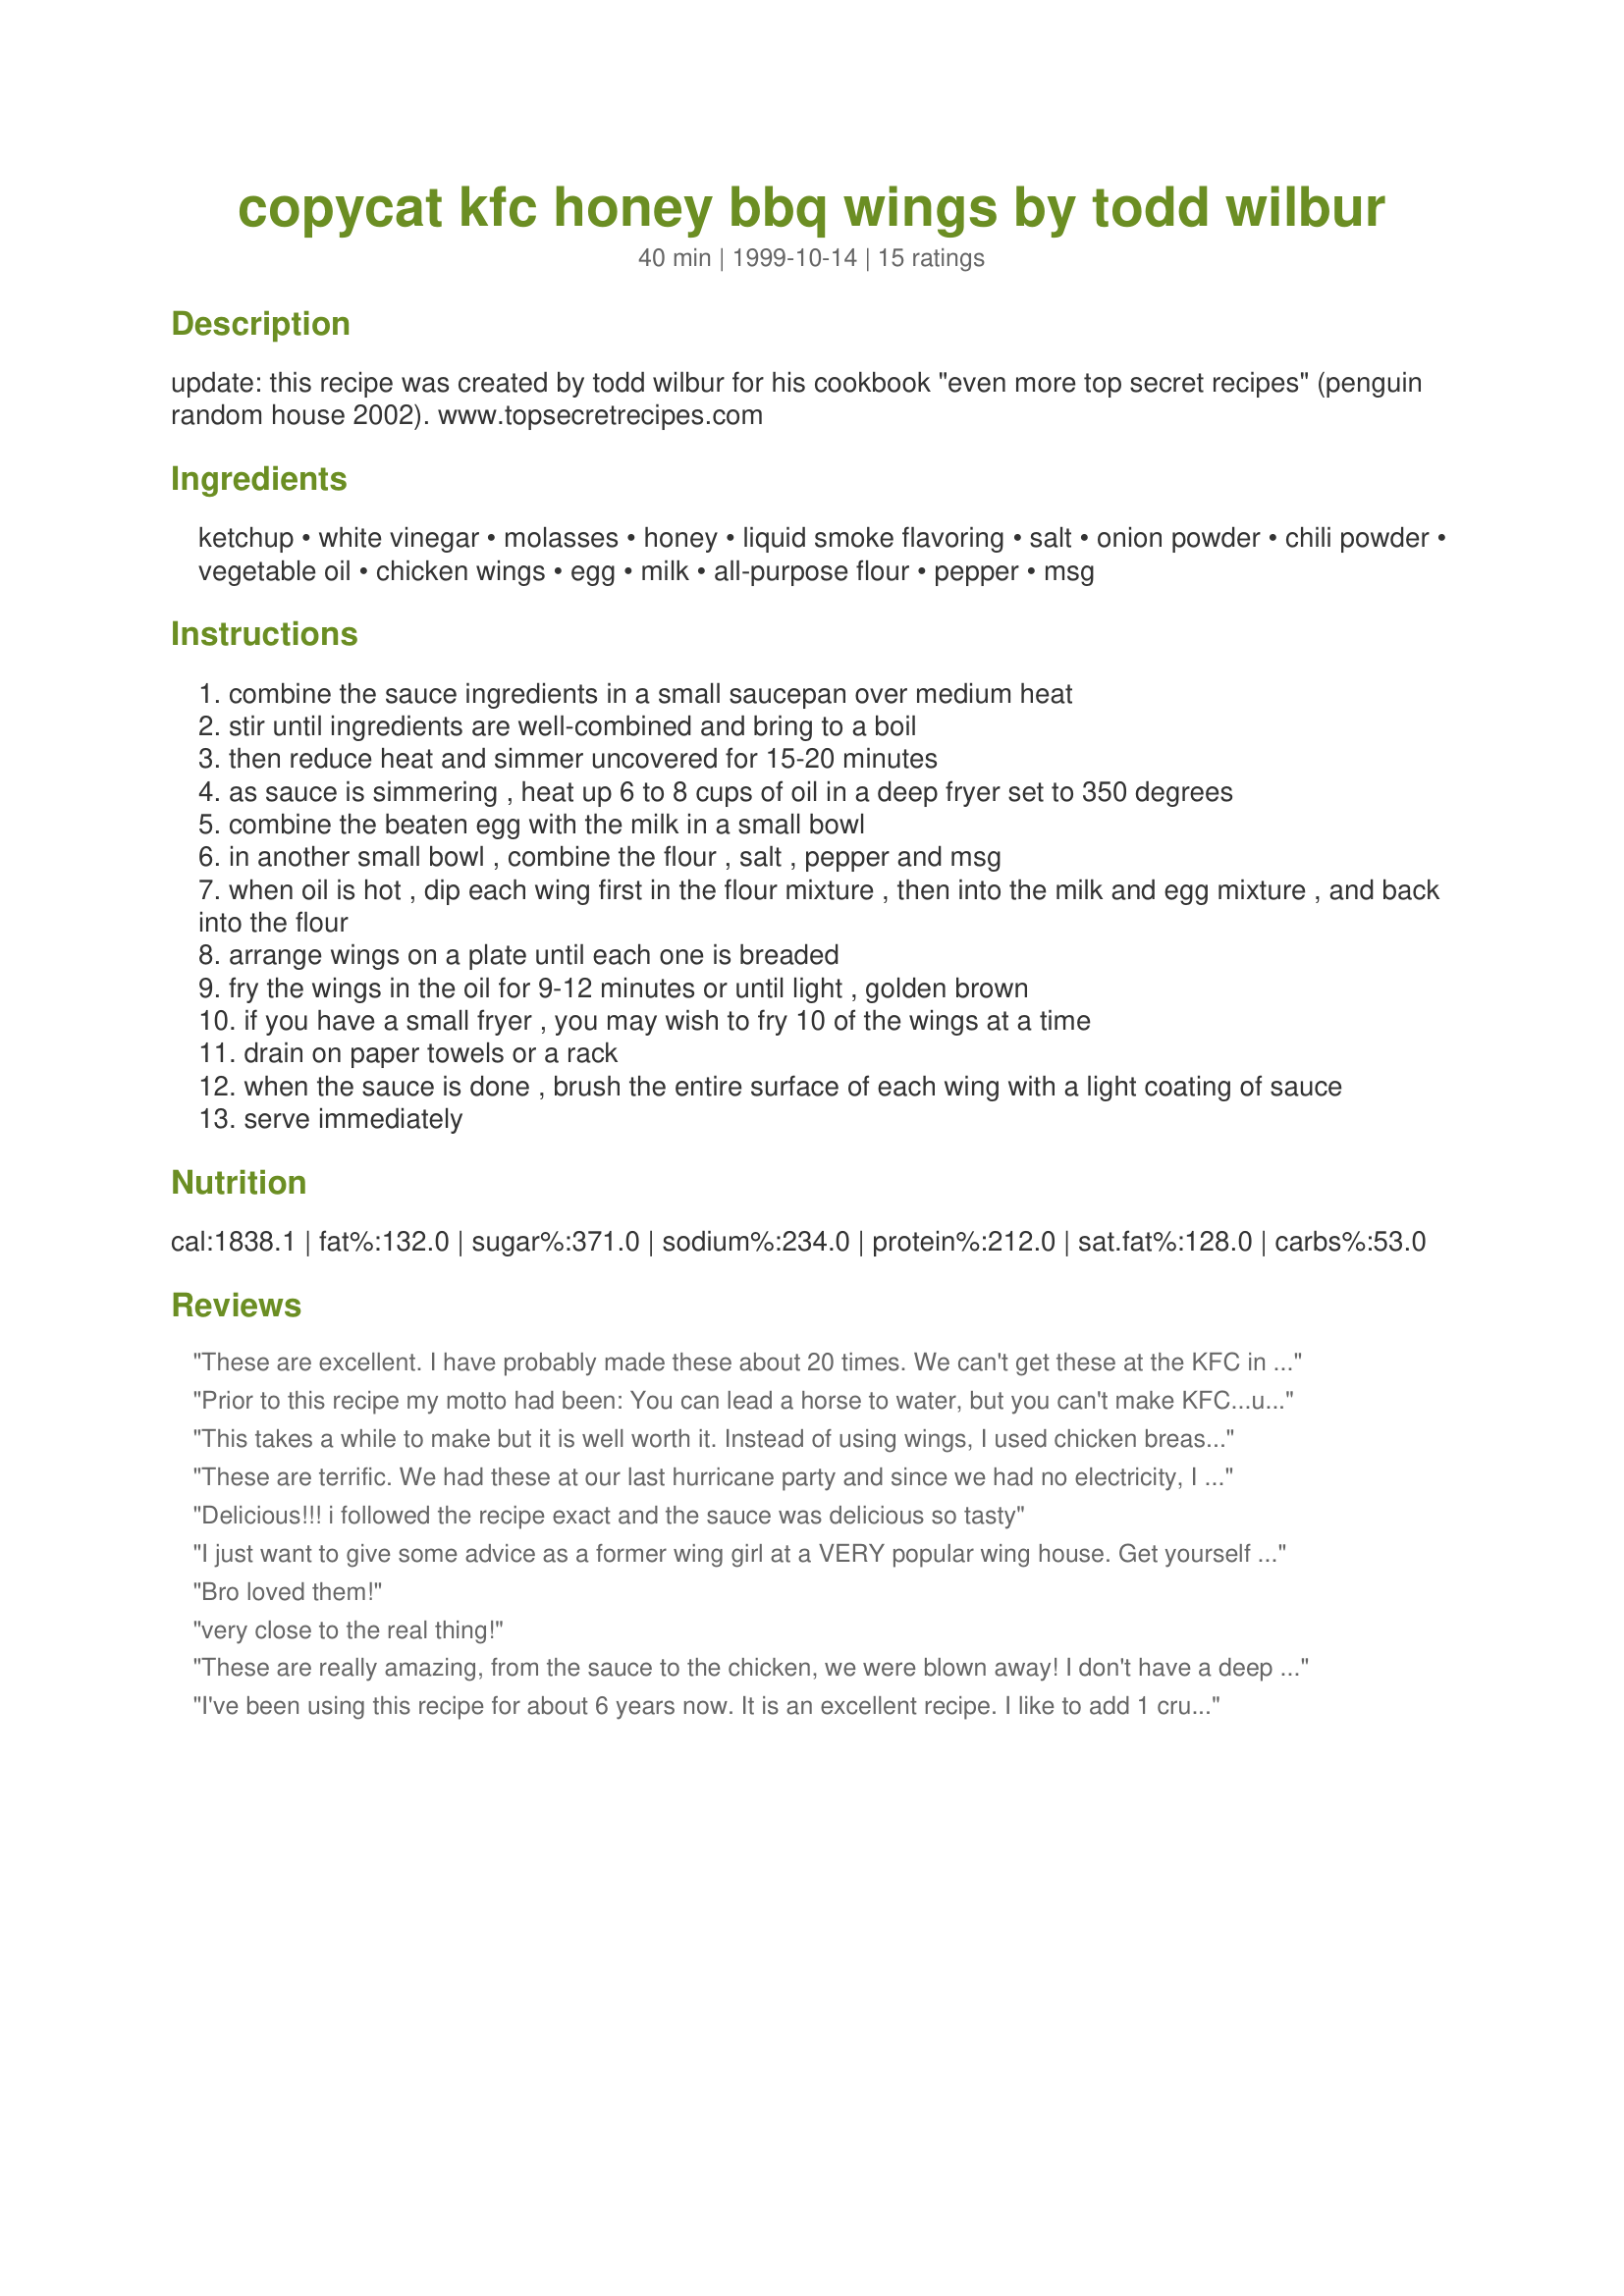
copycat kfc honey bbq wings by todd wilbur
Preparation time: 40 minutes

update: this recipe was created by todd wilbur for his cookbook "even more top secret recipes" (penguin random house 2002). www.topsecretrecipes.com

Ingredients:
ketchup, white vinegar, molasses, honey, liquid smoke flavoring, salt, onion powder, chili powder, vegetable oil, chicken wings, egg, milk, all-purpose flour, pepper, msg

Steps:
combine the sauce ingredients in a small saucepan over medium heat
stir until ingredients are well-combined and bring to a boil
then reduce heat and simmer uncovered for 15-20 minutes
as sauce is simmering , heat up 6 to 8 cups of oil in a deep fryer set to 350 degrees
combine the beaten egg with the milk in a small bowl
in another small bowl , combine the flour , salt , pepper and msg
when oil is hot , dip each wing first in the flour mixture , then into the milk and egg mixture , and back into the flour
arrange wings on a plate until each one is breaded
fry the wings in the oil for 9-12 minutes or until light , golden brown
if you have a small fryer , you may wish to fry 10 of the wings at a time
drain on paper towels or a rack
when the sauce is done , brush the entire surface of each wing with a light coating of sauce
serve immediately

Reviews:
These are excellent. I have probably made these about 20 times.
We can't get these at the KFC in Canada. Lucky for me when I was visiting the US a couple of years ago, I was able to try these wings at KFC in Virginia. I would not be able to tell the difference in taste. You have got to try these. Awesome and I don't even use the MSG.
Prior to this recipe my motto had been: You can lead a horse to water, but you can't make KFC...um, er...or something like that.
This takes a while to make but it is well worth it. Instead of using wings, I used chicken breast sliced into strips. I also omitted the msg.
These are terrific. We had these at our last hurricane party and since we had no electricity, I cooked these on the grill over medium heat for about 15-20 minutes. They were so tender without all the added fat from the oil. A must try!
Delicious!!! i followed the recipe exact and the sauce was delicious so tasty
I just want to give some advice as a former wing girl at a VERY popular wing house. Get yourself a big jug, like one of those ice cream tubs and put your wings inside and pour the sauce on top, cover and shake!!! The kids will like it, and you&#039;ll make some YUMMY professional wings!
Bro loved them!
very close to the real thing!
These are really amazing, from the sauce to the chicken, we were blown away! I don't have a deep fryer, so I just put a fair amount of oil in a deep skillet and cooked the wings over medium heat, turning as each side got brown. Worked very nicely.
I've been using this recipe for about 6 years now. It is an excellent recipe. I like to add 1 crushed chicken bullion cube to the flour mixture. It make it taste even better!
These are truly delicious chicken wings, primarily because of the yummy sauce. I literally can't stop licking my fingers after eating each wing, and the sauce is so easy and has a very nice zing to it. I'll be making these often, and thanks for sharing.
We thought this tasted great almost just like the real thing. We liked the sauce so much that I will be using it on other bbq recipes!
This is the absolute favourite dish that I make.
I remember when my mother first got this recipe
This is a great recipe! My 12yo son and are the cooks in the family and this never disapoints. The directions are simple to follow and very clear. I cut and fry the chicken or pork and he handles the sauce from start to finish. He likes it so much he makes extra to give to some of his teachers who also fell in love with it at a school pot-luck banquit for his wrestling team. Thanks for sharing this with everyone.
I REALLY like this I added some hot sauce to spice it up a little this is OUTSTANDING!
